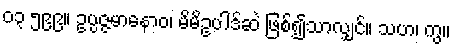
၀၃ ၅၉၉။ ဥပ္ပဇ္ဇမာနောဝ၊ မိမိဥပါဒ်ဆဲ ဖြစ်၍သာလျှင်။ သဟ၊ ကွ။